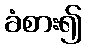
ခံစား၍